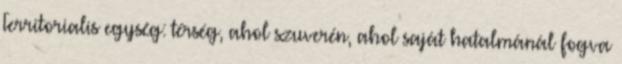
Territorialis egység: térség, ahol szuverén, ahol saját hatalmánál fogva